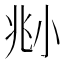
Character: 𡭰